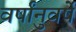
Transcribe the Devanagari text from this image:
वर्षांनुवर्षे